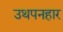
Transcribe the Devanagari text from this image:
उथपनहार